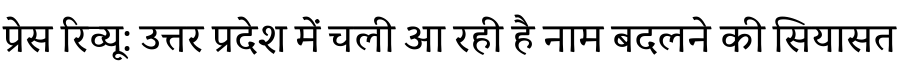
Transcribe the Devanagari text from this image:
प्रेस रिव्यू: उत्तर प्रदेश में चली आ रही है नाम बदलने की सियासत